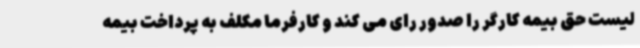
لیست حق بیمه کارگر را صدور رای می کند و کارفرما مکلف به پرداخت بیمه